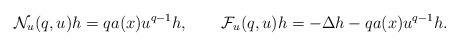
LaTeX: \begin{align*}\mathcal{N}_{u}(q,u)h=qa(x)u^{q-1}h,\quad\quad\mathcal{F}_{u}(q,u)h=-\Delta h-qa(x)u^{q-1}h.\end{align*}